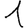
Digit: 1